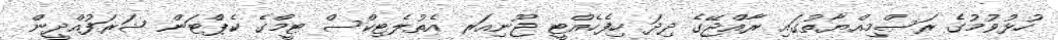
ހުޅުވުމުގެ ރަސްމިއްޔާތުގައި ރާއްޖޭގެ ދިދަ ހިފެހެއްޓީ ޖޫނިއަރ އެތުލެޓިކްސް ޓީމްގެ ކެޕްޓަން ޝަރަފުއްދީން